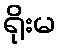
ရိုးမ